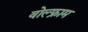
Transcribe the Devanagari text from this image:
वोल्फ्राम